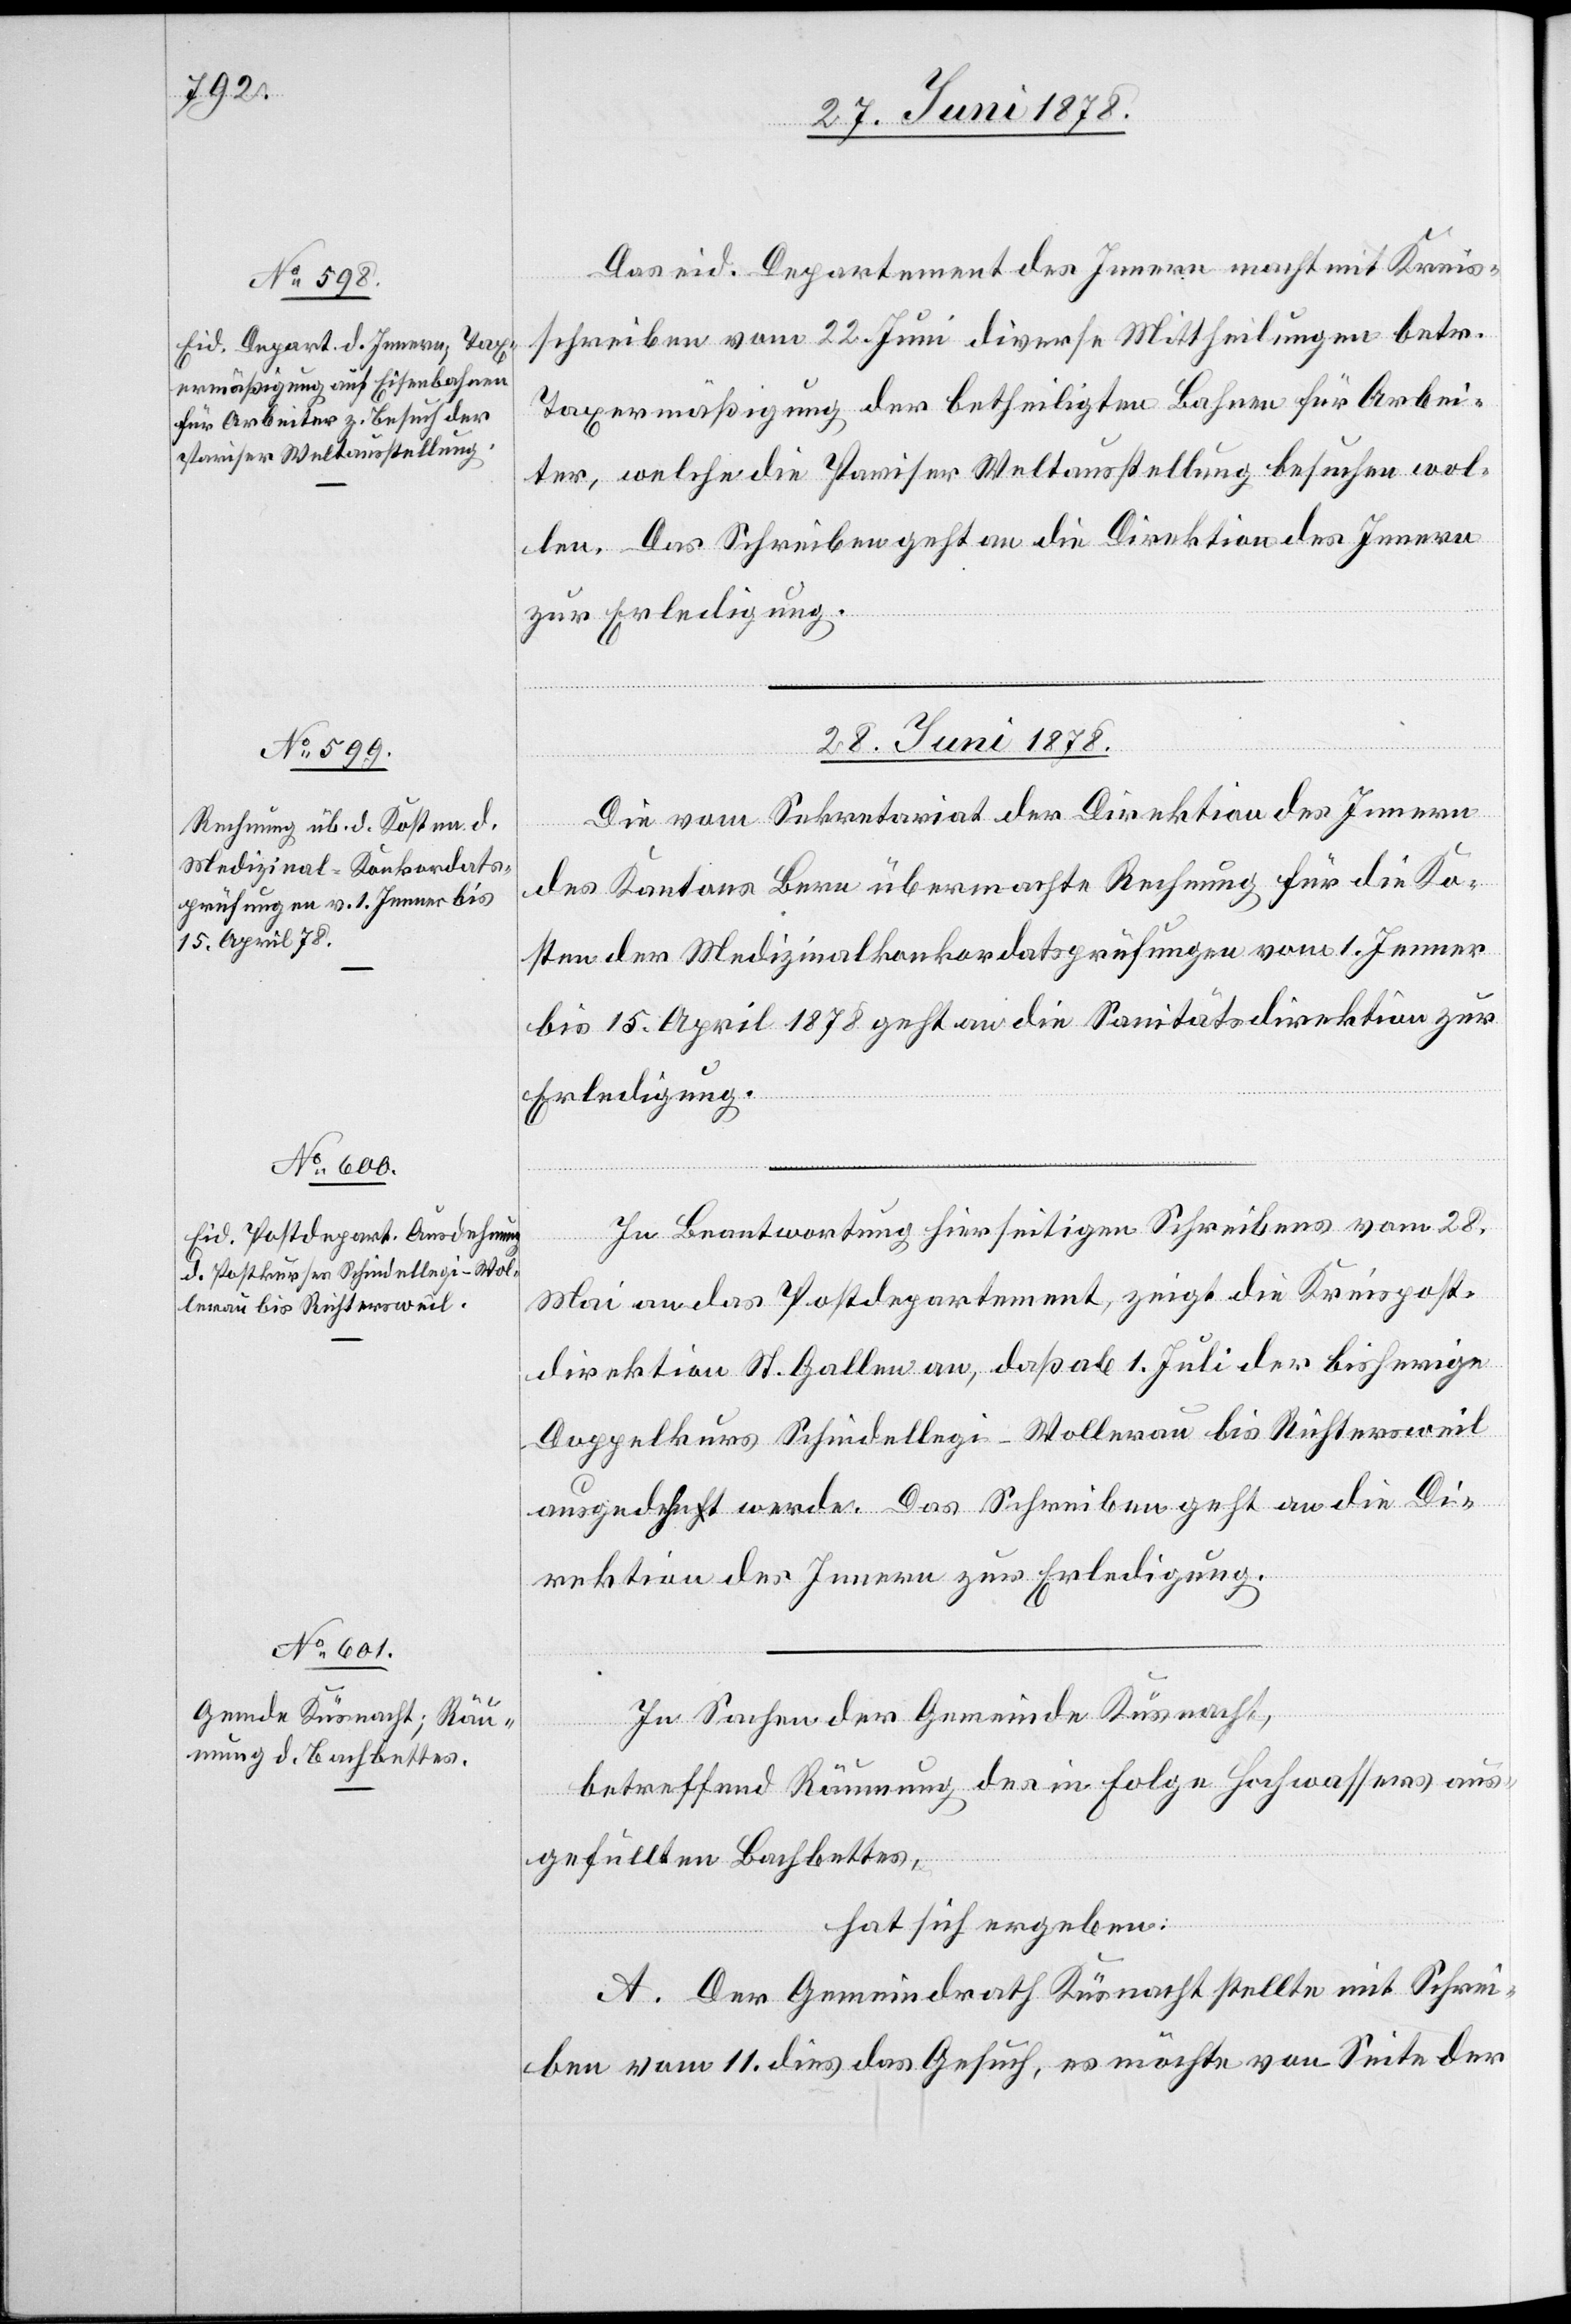
26. Juni 1878.]
Das eid. Departement des Innern macht mit Kreis¬
schreiben vom 22. Juni diverse Mittheilungen betr.
Taxermäßigung der betheiligten Bahnen für Arbei¬
ter, welche die Pariser Weltausstellung besuchen wol¬
len. Das Schreiben geht an die Direktion des Innern
zur Erledigung.
28. Juni 1878.]
Die vom Sekretariat der Direktion des Innern
des Kantons Bern übermachte Rechnung für die Ko¬
sten der Medizinalkonkordatsprüfungen vom 1. Jenner
bis 15. April 1878 geht an die Sanitätsdirektion zur
Erledigung.
In Beantwortung hierseitigen Schreibens vom 28.
Mai an das Postdepartement, zeigt die Kreispost¬
direktion St. Gallen an, daß ab 1. Juli der bisherige
Doppelkurs Schindellegi–Wollerau bis Richtersweil
ausgedehnt werde. Das Schreiben geht an die Di¬
rektion des Innern zur Erledigung.
In Sachen der Gemeinde Küsnacht,
betreffend Räumung des in Folge Hochwassers aus¬
gefüllten Bachbettes,
hat sich ergeben:
A. Der Gemeindrath Küsnacht stellte mit Schrei¬
ben vom 11. dies das Gesuch, es möchte von Seite der